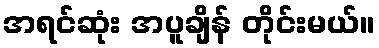
အရင်ဆုံး အပူချိန် တိုင်းမယ်။